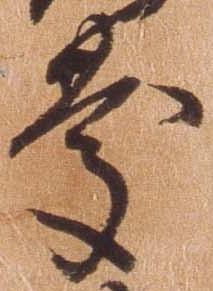
慶